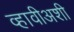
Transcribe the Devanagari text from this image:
व्हावीअशी